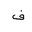
Letter: _fa